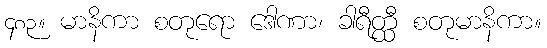
၄၈၃။ မာနိကာ စတုရော ဒေါဏာ၊ ခါရီတ္ထီ စတုမာနိကာ။